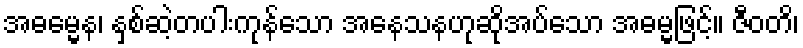
အဓမ္မေန၊ နှစ်ဆဲ့တပါးကုန်သော အနေသနဟုဆိုအပ်သော အဓမ္မဖြင့်။ ဇီဝတိ၊